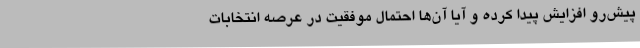
پیش‌رو افزایش پیدا کرده و آیا آن‌ها احتمال موفقیت در عرصه انتخابات